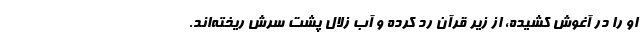
او را در آغوش کشیده، از زیر قرآن رد کرده و آب زلال پشت سرش ریخته‌اند.